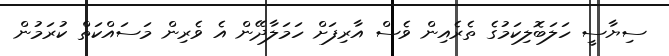
ސިޔާސީ ހަލަބޮލިކަމުގެ ތެރެއިން ވެސް އާރިފަށް ހަމަލާދޭން އެ ވެރިން މަސައްކަތް ކުރަމުން